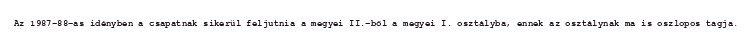
Az 1987–88-as idényben a csapatnak sikerül feljutnia a megyei II.-ből a megyei I. osztályba, ennek az osztálynak ma is oszlopos tagja.